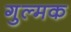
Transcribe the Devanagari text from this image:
गुल्मक